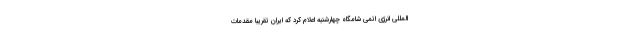
‌المللی انرژی اتمی شامگاه چهارشنبه اعلام کرد که ایران تقریبا مقدمات